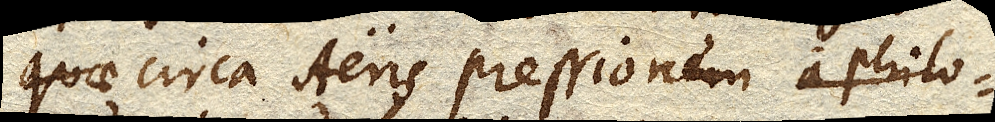
circa Aeris pressionem